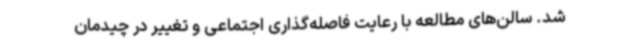
شد. سالن‌های مطالعه با رعایت فاصله‌گذاری اجتماعی و تغییر در چیدمان